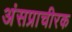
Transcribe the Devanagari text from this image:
अंसप्राचीरक